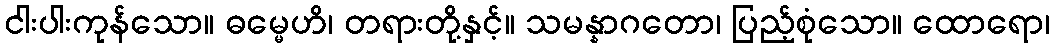
ငါးပါးကုန်သော။ ဓမ္မေဟိ၊ တရားတို့နှင့်။ သမန္နာဂတော၊ ပြည့်စုံသော။ ထောရော၊